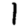
Digit: 1